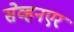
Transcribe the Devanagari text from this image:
सेव्हनएर